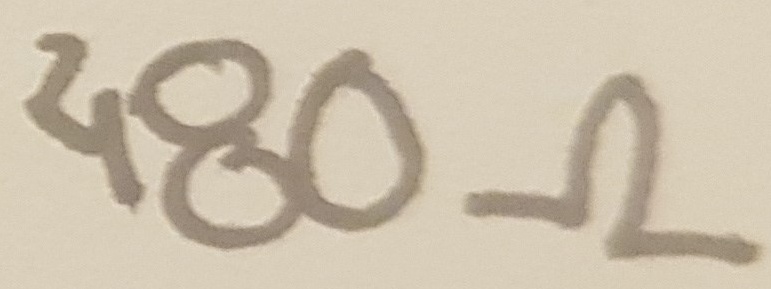
Text: 480Ω